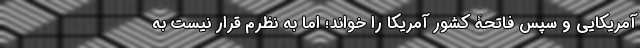
آمریکایی و سپس فاتحۀ کشور آمریکا را خواند؛ اما به نظرم قرار نیست به